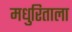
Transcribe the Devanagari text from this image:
मधुरिताला